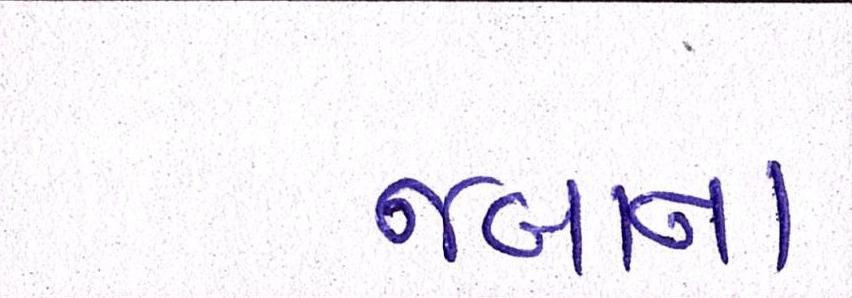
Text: જબાન